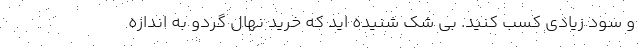
و سود زیادی کسب کنید. بی شک شنیده اید که خرید نهال گردو به اندازه